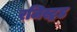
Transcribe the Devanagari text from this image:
रजिस्ट्रड